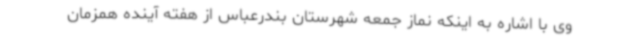
وی با اشاره به اینکه نماز جمعه شهرستان بندرعباس از هفته آینده همزمان